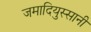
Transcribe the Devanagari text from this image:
जमादियुस्सानी